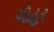
ગોહર